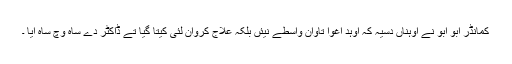
کمانڈر ابو ابو نے اوہناں دسیہ کہ اوہد اغوا تاوان واسطے نیئں بلکہ علاج کروان لئی کیتا گیا تے ڈاکٹر دے ساہ وچ ساہ آیا ۔